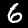
Label: 6